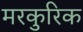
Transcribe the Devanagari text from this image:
मरकुरिक